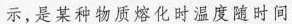
示，是某种物质熔化时温度随时间